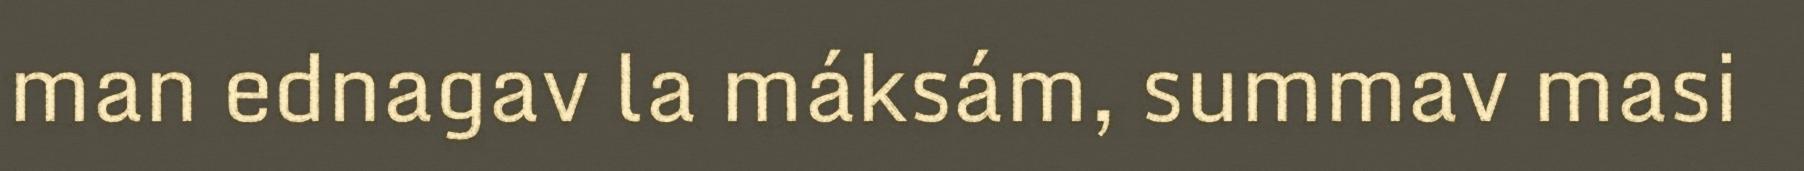
man ednagav la máksám, summav masi